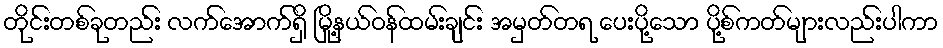
တိုင်းတစ်ခုတည်း လက်အောက်ရှိ မြို့နယ်ဝန်ထမ်းချင်း အမှတ်တရ ပေးပို့သော ပို့စ်ကတ်များလည်းပါကာ